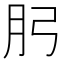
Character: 𭨧